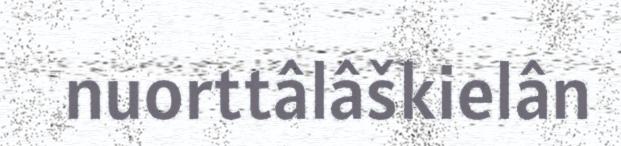
nuorttâlâškielân